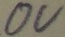
Text: 0V